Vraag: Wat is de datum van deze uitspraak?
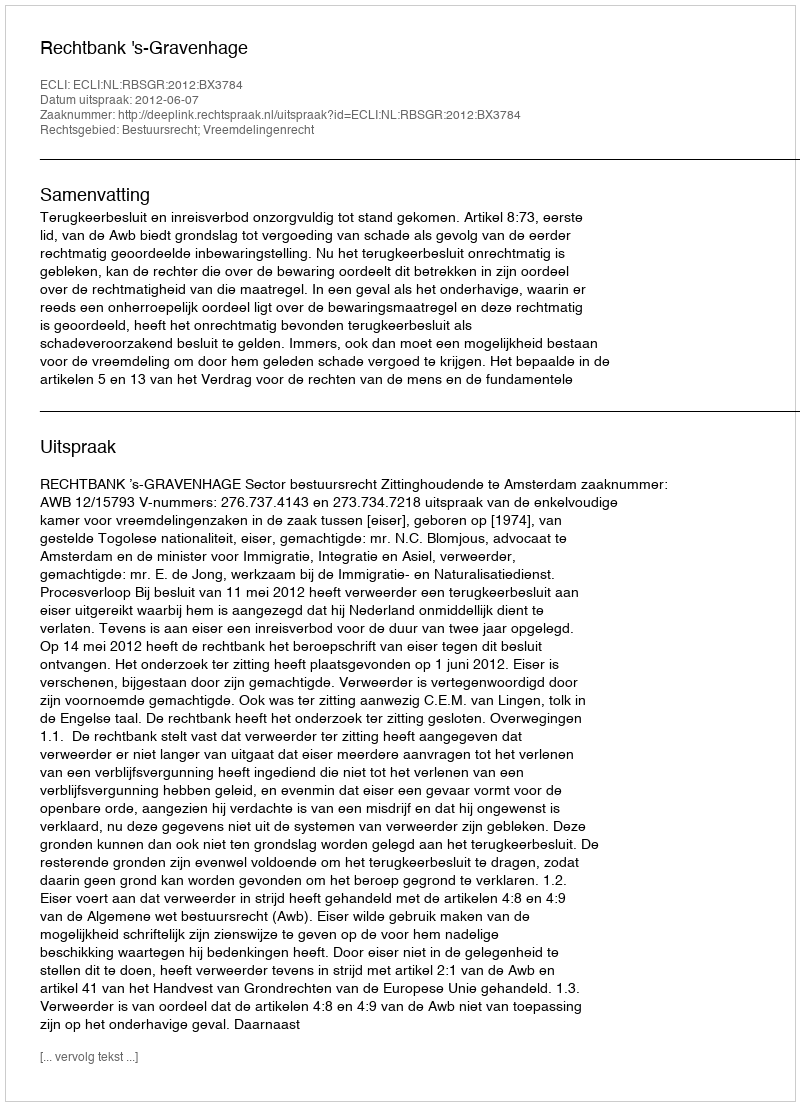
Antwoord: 2012-06-07